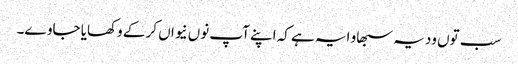
سب توں ودیہ سبھاو ایہ ہے کہ اپنے آپ نوں نیواں کر کے وکھایا جاوے۔